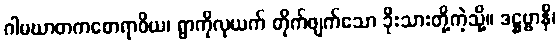
ဂါမဃာတကစောရာဝိယ၊ ရွာကိုလုယက် တိုက်ဖျက်သော ခိုးသားတို့ကဲ့သို့။ ဒဋ္ဌဗ္ဗာနိ၊